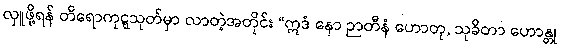
လှူဖို့ရန် တိရောကုဋ္ဋသုတ်မှာ လာတဲ့အတိုင်း “ဣဒံ နော ဉာတီနံ ဟောတု, သုခိတာ ဟောန္တု